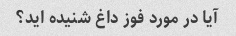
آیا در مورد فوز داغ شنیده اید؟